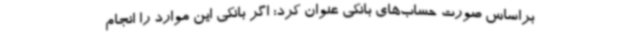
براساس صورت حساب‌های بانکی عنوان کرد: اگر بانکی این موارد را انجام